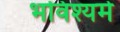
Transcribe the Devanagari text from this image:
भविश्यमे